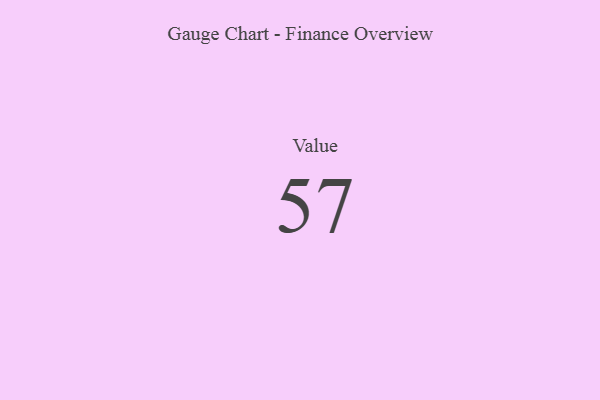
{"axis": {"x": "Metric", "y": "Value"}, "legend": [""], "data": [{"x": "Value", "y": 57, "type": ""}]}